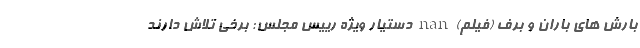
بارش های باران و برف (فیلم) nan دستیار ویژه رییس مجلس: برخی تلاش دارند